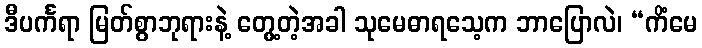
ဒီပင်္ကရာ မြတ်စွာဘုရားနဲ့ တွေ့တဲ့အခါ သုမေဓာရသေ့က ဘာပြောလဲ၊ “ကိံမေ